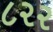
૮૨૨